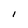
Character: I